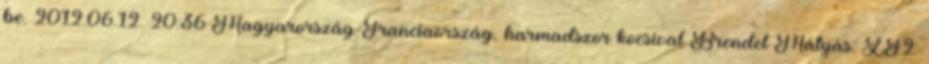
be. 2012.06.12. 20:36 Magyarország-Franciaország, harmadszor kocsival Brendel Mátyás: ZF2: